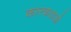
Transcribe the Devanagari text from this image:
कारकताओं